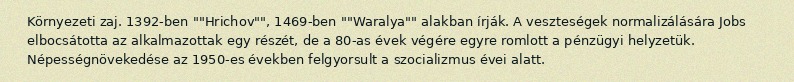
Környezeti zaj. 1392-ben ""Hrichov"", 1469-ben ""Waralya"" alakban írják. A veszteségek normalizálására Jobs elbocsátotta az alkalmazottak egy részét, de a 80-as évek végére egyre romlott a pénzügyi helyzetük. Népességnövekedése az 1950-es években felgyorsult a szocializmus évei alatt.